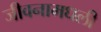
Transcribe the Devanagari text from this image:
जीवनामधली